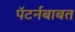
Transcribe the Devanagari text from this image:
पॅटर्नबाबत